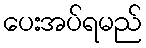
ပေးအပ်ရမည်